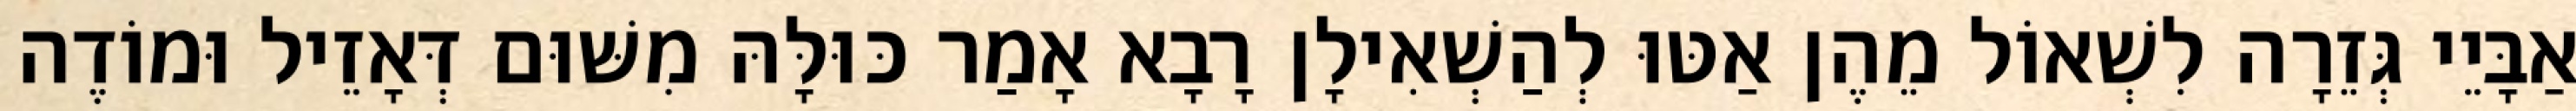
אַבָּיֵי גְּזֵרָה לִשְׁאוֹל מֵהֶן אַטּוּ לְהַשְׁאִילָן רָבָא אָמַר כּוּלָּהּ מִשּׁוּם דְּאָזֵיל וּמוֹדֶה